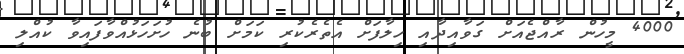
4000 މީހުން ރާއްޖެއަށް ގަވާއިދާއި ހިލާފަށް އެތެރެކުރި ކަމަށް ބުނެ ހުށަހަޅުއްވާފައިވާ ކުއްލި